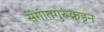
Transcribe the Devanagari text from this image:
संगीतगुरूंकडून